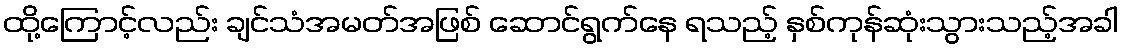
ထို့ကြောင့်လည်း ချင်သံအမတ်အဖြစ် ဆောင်ရွက်နေ ရသည့် နှစ်ကုန်ဆုံးသွားသည့်အခါ